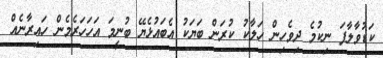
ކަޑުވާލާފަ ނިކުމެ ދިވެހިން ހަލާކު ކުރަން ބަޔަކު އެބައުޅެޔޭ ބުނީމަ އަހަހަރެމެން ހައިރާނެއް